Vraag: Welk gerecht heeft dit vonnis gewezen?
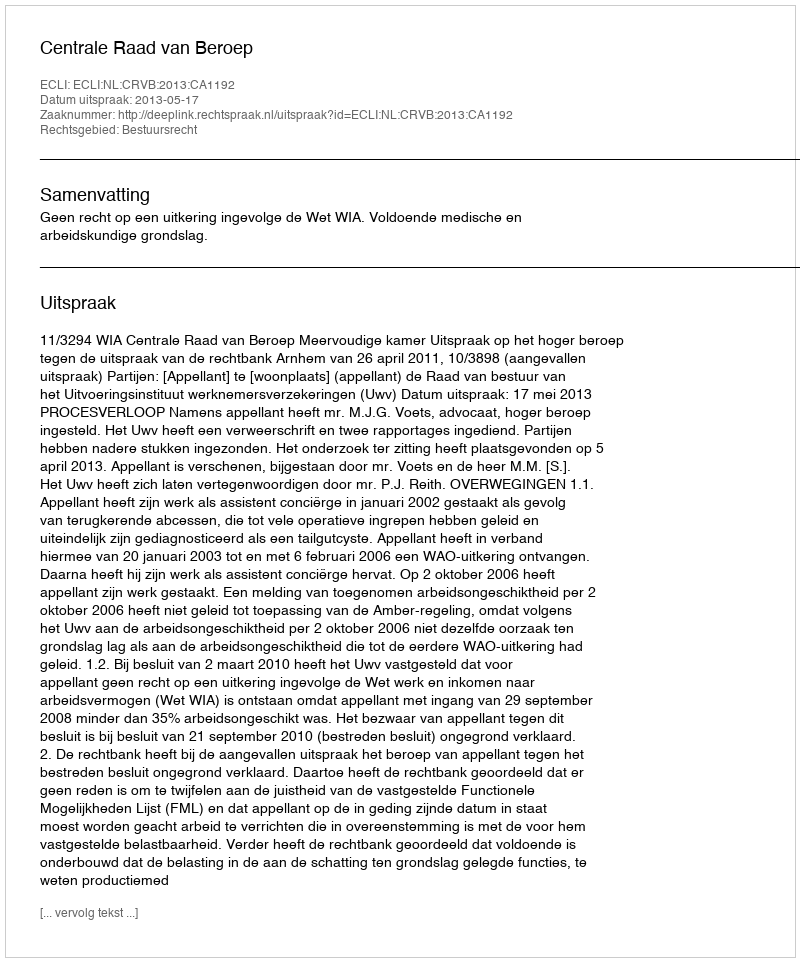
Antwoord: Centrale Raad van Beroep